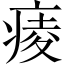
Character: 𤷖